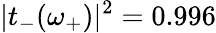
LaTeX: |t_{-}(\omega_{+})|^{2}=0.996